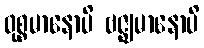
ဝုစ္စမာနောပိ ဗဇ္ဈမာနောပိ